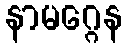
နာမဂ္ဂေန